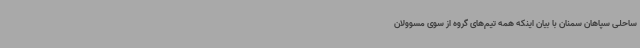
ساحلی سپاهان سمنان با بیان اینکه همه تیم‌های گروه از سوی مسوولان